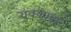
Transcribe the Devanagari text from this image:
युवकाचा